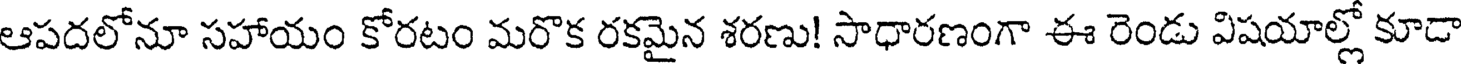
ఆపదలోనూ సహాయం కోరటం మరొక రకమైన శరణు! సాధారణంగా ఈ రెండు విషయాల్లో కూడా